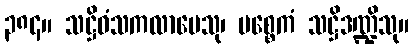
၃၈၄။ သဋ္ဌိဝံသကလာပေသု၊ ပစ္စေကံ သဋ္ဌိဒဏ္ဍိသု။